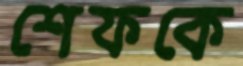
শেফকে